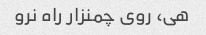
هی، روی چمنزار راه نرو